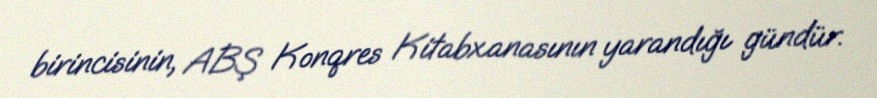
birincisinin, ABŞ Konqres Kitabxanasının yarandığı gündür.